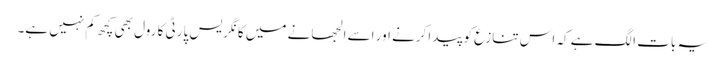
یہ بات الگ ہے کہ اس تنازع کو پیدا کرنے اور اسے الجھانے میں کانگریس پارٹی کا رول بھی کچھ کم نہیں ہے۔